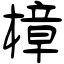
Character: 樟